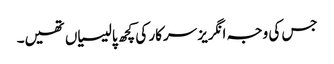
جس کی وجہ انگریز سرکار کی کچھ پالیسیاں تھیں۔